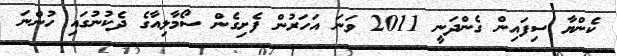
ކެންޔާ ސިފައިން ގެންދަނީ 2011 ވަނަ އަހަރުން ފެށިގެން ސޯމާލިއާގެ ދެކުނުގައި ހުންނަ